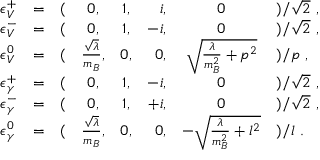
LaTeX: \begin{array} { l c l c c r c l } { { \epsilon _ { V } ^ { + } } } & { { = } } & { { ( } } & { { 0 , } } & { { 1 , } } & { { i , } } & { { 0 } } & { { ) / \sqrt { 2 } ~ , } } \\ { { \epsilon _ { V } ^ { - } } } & { { = } } & { { ( } } & { { 0 , } } & { { 1 , } } & { { - i , } } & { { 0 } } & { { ) / \sqrt { 2 } ~ , } } \\ { { \epsilon _ { V } ^ { 0 } } } & { { = } } & { { ( } } & { { \frac { \sqrt { \lambda } } { m _ { B } } , } } & { { 0 , } } & { { 0 , } } & { { \sqrt { \frac { \lambda } { m _ { B } ^ { 2 } } + p ^ { 2 } } } } & { { ) / p ~ , } } \\ { { \epsilon _ { \gamma } ^ { + } } } & { { = } } & { { ( } } & { { 0 , } } & { { 1 , } } & { { - i , } } & { { 0 } } & { { ) / \sqrt { 2 } ~ , } } \\ { { \epsilon _ { \gamma } ^ { - } } } & { { = } } & { { ( } } & { { 0 , } } & { { 1 , } } & { { + i , } } & { { 0 } } & { { ) / \sqrt { 2 } ~ , } } \\ { { \epsilon _ { \gamma } ^ { 0 } } } & { { = } } & { { ( } } & { { \frac { \sqrt { \lambda } } { m _ { B } } , } } & { { 0 , } } & { { 0 , } } & { { - \sqrt { \frac { \lambda } { m _ { B } ^ { 2 } } + l ^ { 2 } } } } & { { ) / l ~ . } } \end{array}